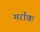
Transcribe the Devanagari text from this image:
मर्राक